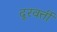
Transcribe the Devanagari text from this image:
दूरवर्त्ती